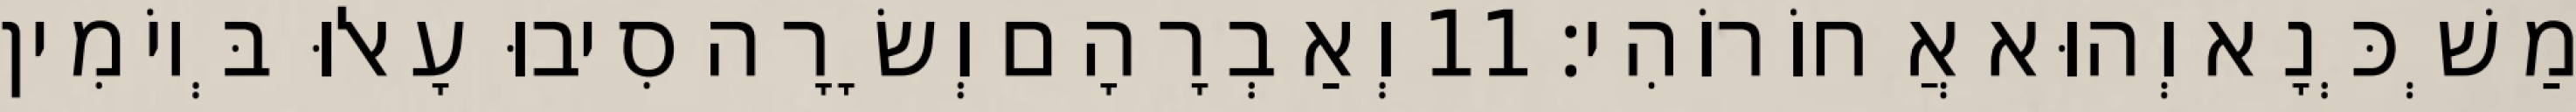
מַשְׁכְּנָא וְהוּא אֲחוֹרוֹהִי׃ 11 וְאַבְרָהָם וְשָׂרָה סִיבוּ עָאלוּ בְּיוֹמִין